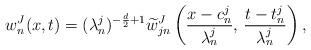
LaTeX: \begin{align*}w^J_n(x,t)=(\lambda^j_n)^{-\frac{d}{2}+1}\widetilde{w}^J_{jn}\left(\frac{x-c^j_n}{\lambda^j_n},\,\frac{t-t^j_n}{\lambda^j_n}\right),\end{align*}